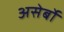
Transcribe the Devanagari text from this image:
असेर्बो